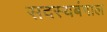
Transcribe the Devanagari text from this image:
सदस्यबंगाल